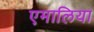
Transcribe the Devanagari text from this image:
एमालिया